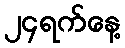
၂၄ရက်နေ့